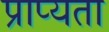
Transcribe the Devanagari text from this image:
प्राप्यता